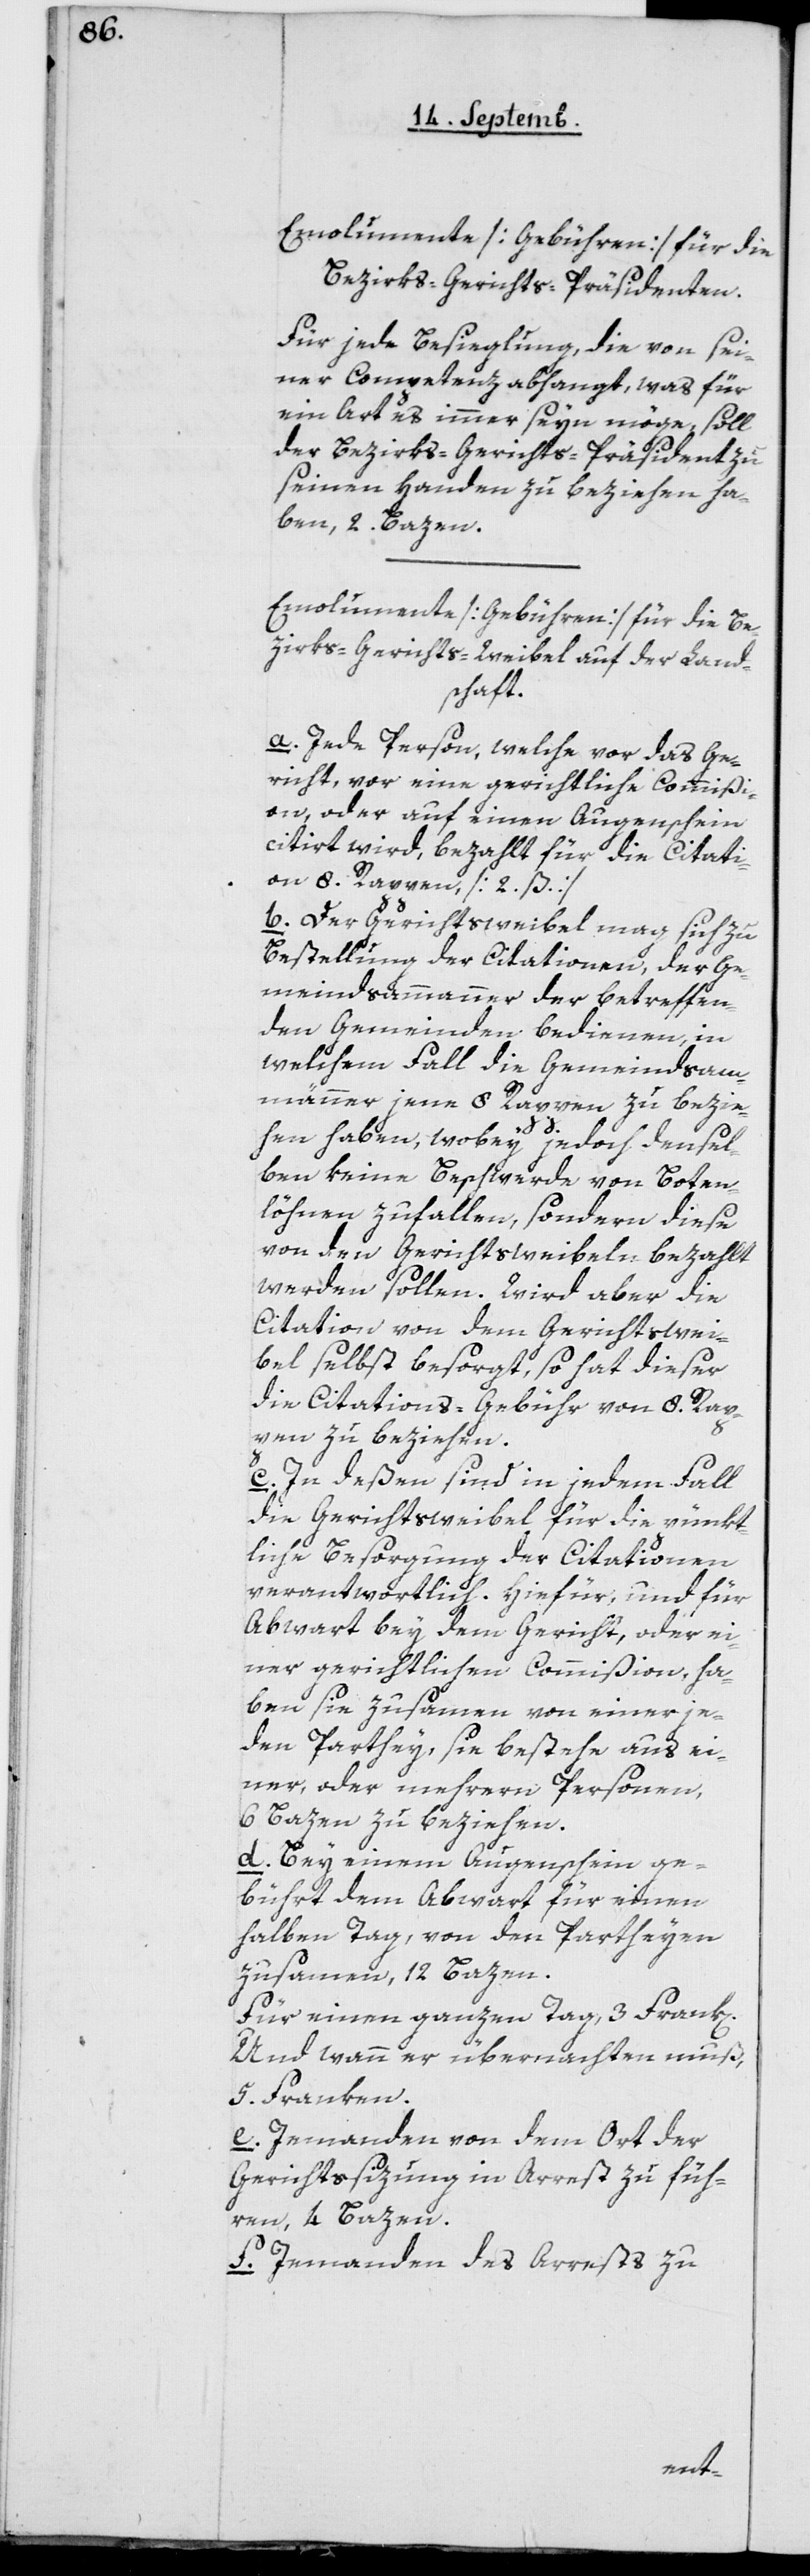
Emolumente [Gebühren] für die
Bezirks-Gerichts-Präsidenten.
Für jede Besieglung, die von sei¬
ner Competenz abhangt, was für
ein Art es immer seyn möge, soll
der Bezirks-Gerichts-Präsident zu
seinen Handen zu beziehen ha¬
ben, 2 Bazen.
Emolumente [Gebühren] für die Be¬
zirks-Gerichts-Weibel auf der Land¬
schaft.
a. Jede Person, welche vor das Ge¬
richt, vor eine gerichtliche Commißi¬
on, oder auf einen Augenschein
citirt wird, bezahlt für die Citati¬
on 8 Rappen, [2 ß].
b. Der Gerichtsweibel mag sich zu
Bestellung der Citationen, der Ge¬
meindsammanner der betreffen¬
den Gemeinden bedienen, in
welchem Fall die Gemeindsam¬
männer jene 8 Rappen zu bezie¬
hen haben, wobey jedoch densel¬
ben keine Beschwerde von Boten¬
löhnen zufallen, sondern diese
von den Gerichtsweibeln bezahlt
werden sollen. Wird aber die
Citation von dem Gerichtswei¬
bel selbst besorgt, so hat dieser
die Citations-Gebühr von 8 Rap¬
pen zu beziehen.
c. Indeßen sind in jedem Fall
die Gerichtsweibel für die pünkt¬
liche Besorgung der Citationen
verwantwortlich. Hiefür, und für
Abwart bey dem Gericht, oder ei¬
ner gerichtlichen Commißion, ha¬
ben sie zusammen von einer je¬
den Parthey, sie bestehe aus ei¬
ner oder mehrern Personen,
6 Bazen zu beziehen.
d. Bey einem Augenschein ge¬
bührt dem Abwart für einen
halben Tag, von den Partheyen
zusammen, 12 Bazen.
Für einen ganzen Tag, 3 Frk[en].
Und wenn er übernachten muß,
5 Franken.
e. Jemandem von dem Ort der
Gerichtssizung in Arrest zu füh¬
ren, 4 Bazen.
f. Jemanden des Arrests zu